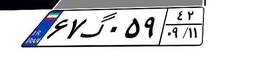
۶۷گ۰۵۹۴۲